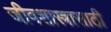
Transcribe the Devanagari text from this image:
जीवशास्त्रासाठी